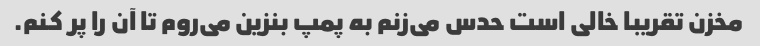
مخزن تقریبا خالی است حدس می‌زنم به پمپ بنزین می‌روم تا آن را پر کنم.